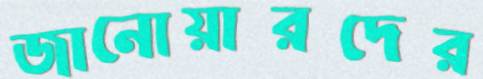
জানোয়ারদের